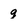
Character: g